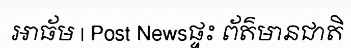
អាធ័ម | Post Newsផ្ទះ ព័ត៌មានជាតិ